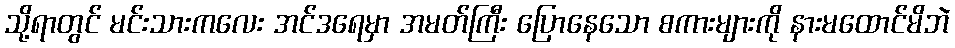
သို့ရာတွင် မင်းသားကလေး အင်ဒရေမှာ အမတ်ကြီး ပြောနေသော စကားများကို နားမထောင်မိဘဲ